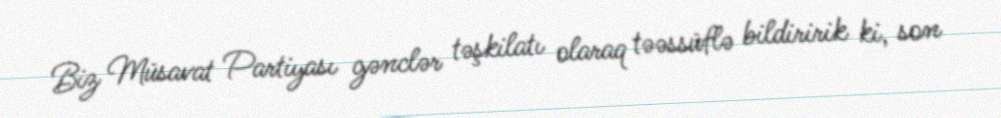
Biz Müsavat Partiyası gənclər təşkilatı olaraq təəssüflə bildiririk ki, son